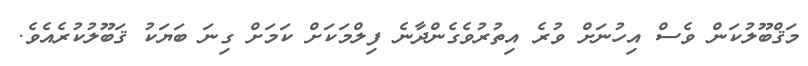
މަޤްބޫލުކަން ވެސް އިހުނަށް ވުރެ އިތުރުވެގެންދާނެ ފިލްމަކަށް ކަމަށް ގިނަ ބަޔަކު ޤަބޫލުކުރެއެވެ.